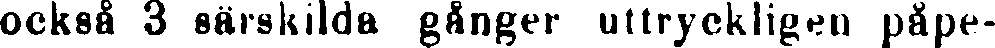
också 3 särskilda gånger uttryckligen påpe-